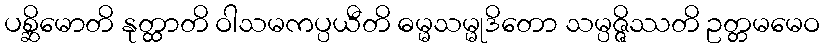
ပစ္ဆိမောတိ နုတ္ထာတိ ဝါသမကပ္ပယီတိ ဓမ္မသမ္မုဒိတော သမ္ပဇ္ဇိဿတိ ဥတ္တမမေဝ